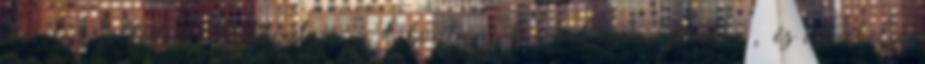
szeretne felfedni, kattintson a kibontani kívánt csomópontra, és ismételje